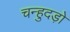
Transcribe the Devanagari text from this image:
चन्हुदड़ो